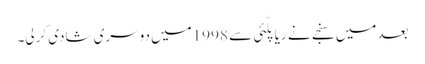
بعدمیں سنجے نے ریاپلّئی سے 1998میں دوسری شادی کرلی۔